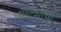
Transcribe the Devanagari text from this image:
गोट्याची